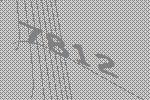
7812